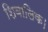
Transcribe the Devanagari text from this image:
शिवालिक।